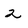
Character: 2